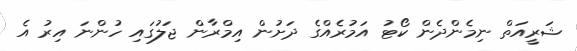
ޝަރީއަތް ނިމެންދެން ކޯޓު އަމުރެއްގެ ދަށުން އިމްރާން ޖަލުގައި ހުންނަ އިރު އެ